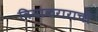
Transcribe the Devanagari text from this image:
विमाकराराची